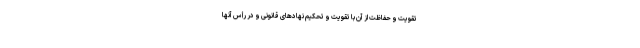
تقویت و حفاظت از آن با تقویت و تحکیم نهادهای قانونی و در رأس آنها